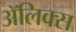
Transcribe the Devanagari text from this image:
ॲलिक्स